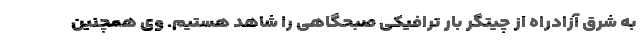
به شرق آزادراه از چیتگر بار ترافیکی صبحگاهی را شاهد هستیم. وی همچنین